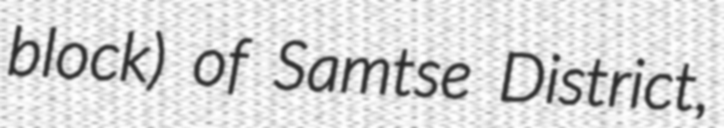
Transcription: block) of Samtse District,